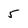
Character: 5